Election expenses, 1925, 1925
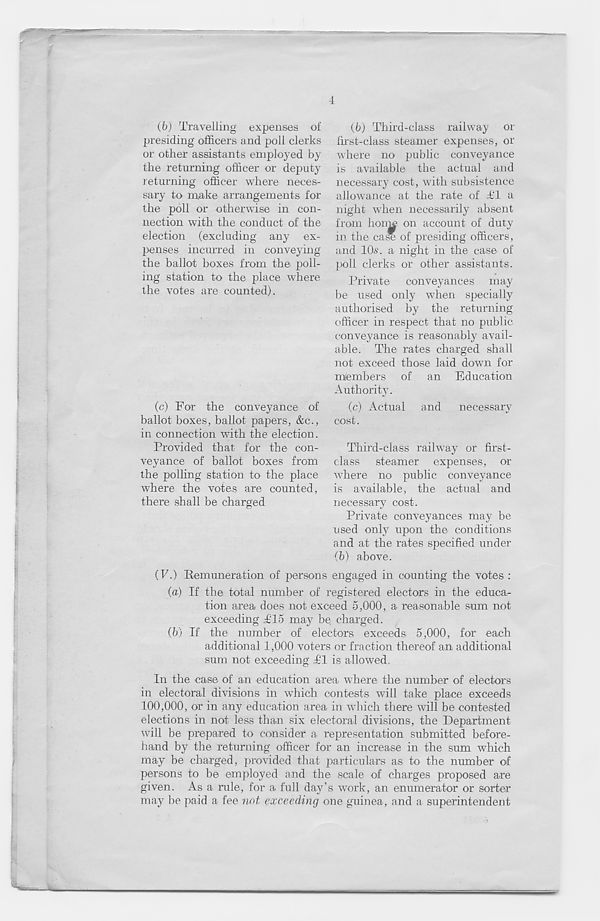
4
(6) Third-class railway or
lirst-class steamer expenses, or
where no public conveyance
is available the actual and
necessary cost, with subsistence
allowance at the rate of .4T a
night when necessarily absent
from Iioim on account of duty
in the case of presiding officers,
and lOs. a night in the case of
poll clerks or other assistants.
Private conveyances may
be used only when specially
authorised by the returning
officer in respect that no public
conveyance is reasonably avail-
able. The rates charged shall
not exceed those laid down for
members of an Education
Authority.
(c) Actual and necessary
cost.
Third-class railway or first-
class steamer expenses, or
where no public conveyance
is available, the actual and
necessary cost.
Private conveyances may be
used only upon the conditions
and at the rates specified under
(b) above.
(V.) Remuneration of persons engaged in counting the votes :
(a) If the total number of registered electors in the educa-
tion area does not exceed 5,000, a reasonable sum not
exceeding ,£15 may be charged.
(b) If the number of electors exceeds 5,000, for each
additional 1,000 voters or fraction thereof an additional
sum not exceeding £1 is allowed.
In the case of an education area where the number of electors
in electoral divisions in which contests will take place exceeds
100,000, or in any education area in which there will be contested
elections in not less than six electoral divisions, the Department
will be prepared to consider a representation submitted before-
hand by the returning officer for an increase in the sum which
may be charged, provided that particulars as to the number of
persons to be employed and the scale of charges proposed are
given. As a rule, for a full day’s work, an enumerator or sorter
may be paid a fee not exceeding one guinea, and a superintendent
(6j Travelling expenses of
presiding officers and poll clerks
or other assistants employed by
the returning officer or deputy
returning officer where neces-
sary to make arrangements for
the poll or otherwise in con-
nection with the conduct of the
election (excluding any ex-
penses incurred in conveying
the ballot boxes from the poll-
ing station to the place where
the votes are counted).
(c) For the conveyance of
ballot boxes, ballot papers, &c.,
in connection with the election.
Provided that for the con-
veyance of ballot boxes from
the polling station to the place
where the votes are counted,
there shall be charged